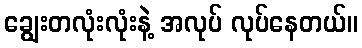
ချွေးတလုံးလုံးနဲ့ အလုပ် လုပ်နေတယ်။